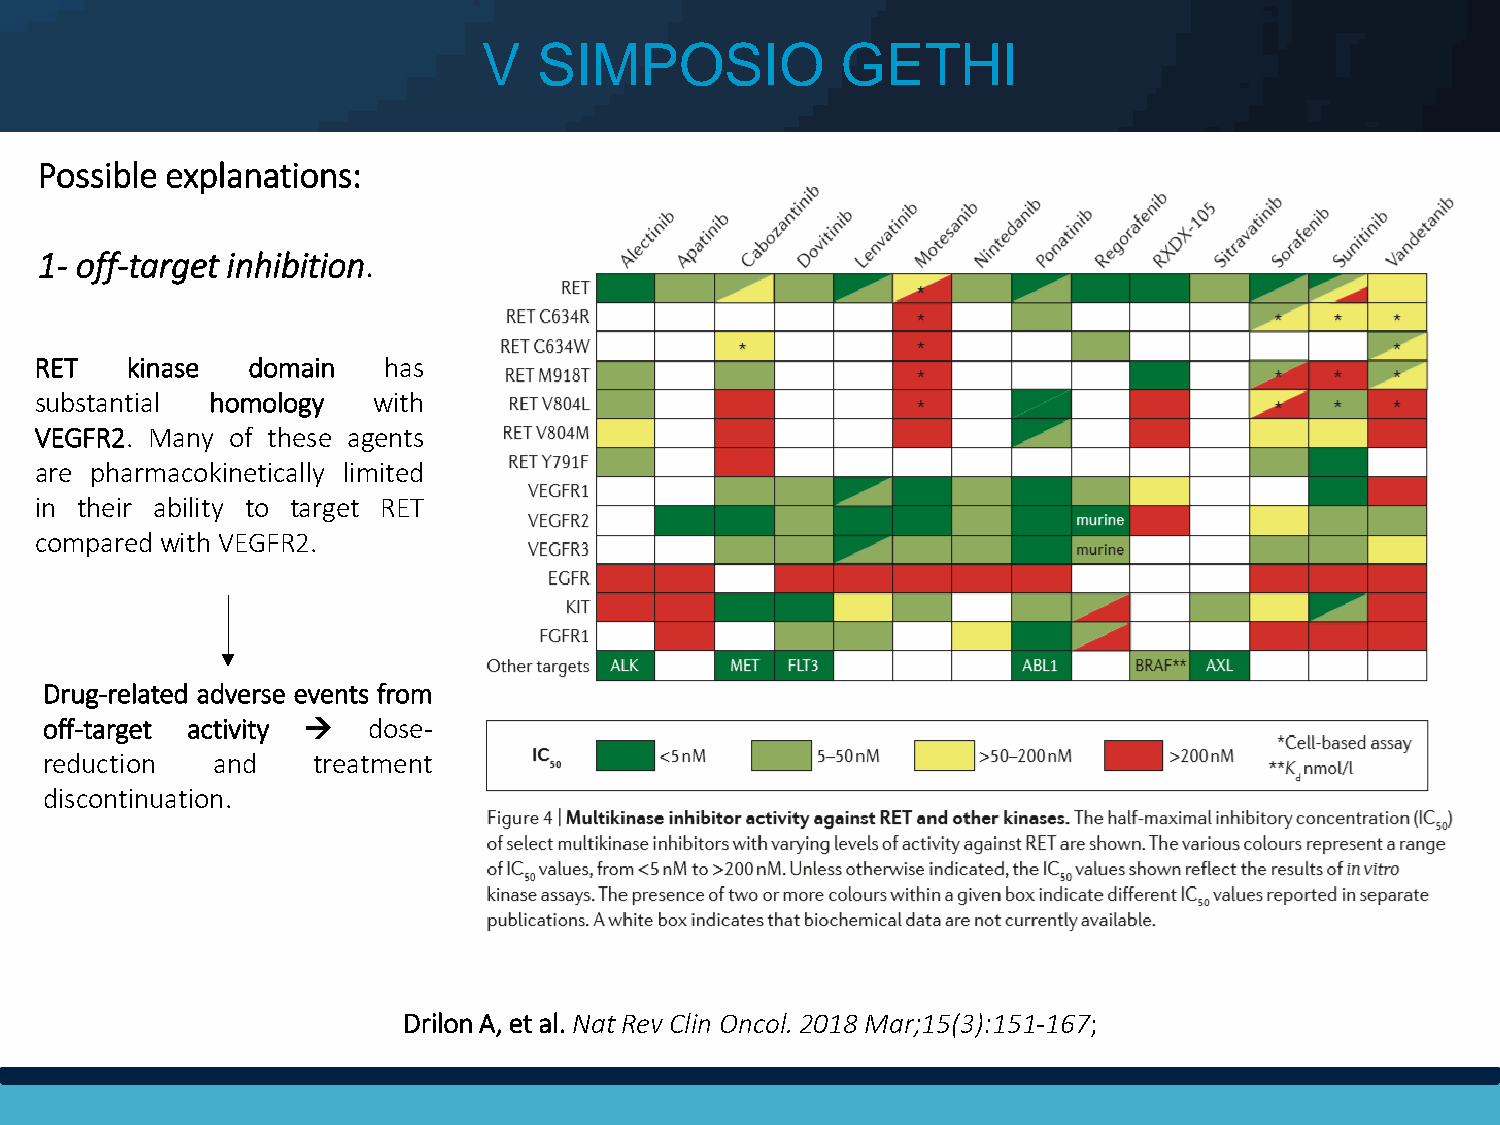
V   SIMPOSIO            GETHI
 Possible explanations:
 1- off-target inhibition.
 RET   kinase  domain   has
 substantial homology   with
 VEGFR2. Many of these agents
 are pharmacokinetically limited
 in their ability to target RET
 compared with VEGFR2.
 Drug-related adverse events from
 off-target activity  dose-
 reduction  and    treatment
 discontinuation.
 Drilon A, et al. Nat Rev Clin Oncol. 2018 Mar;15(3):151-167;